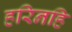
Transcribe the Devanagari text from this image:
हरिनहि